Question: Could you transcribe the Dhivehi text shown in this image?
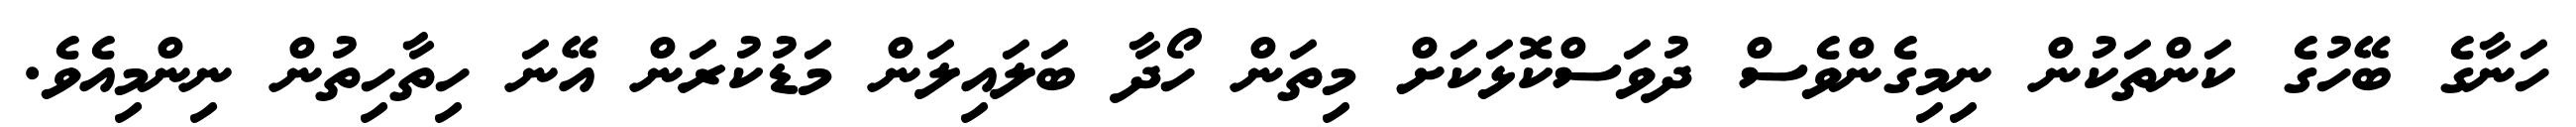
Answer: ހަނާގެ ބޭހުގެ ކަންތަކުން ނިމިގެންވެސް ދުވަސްކޮޅަކަށް މިތަން ހޯދާ ބަލައިލަން މަޑުކުރަން އޭނަ ހިތާހިތުން ނިންމިއެވެ.